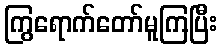
ကြွရောက်တော်မူကြပြီး